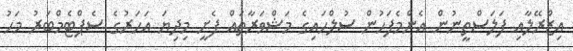
އިޒްރޭލާއި ފަލަސްތީނުން އެންމެފަހުން ސުލްހައިގެ މަޝްވަރާތައް ފެށީ މިދިޔަ އަހަރުގެ ސެޕްޓެމްބަރު މަހު